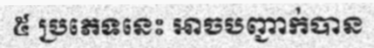
៥ ប្រភេទនេះ អាចបញ្ជាក់បាន